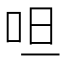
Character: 呾